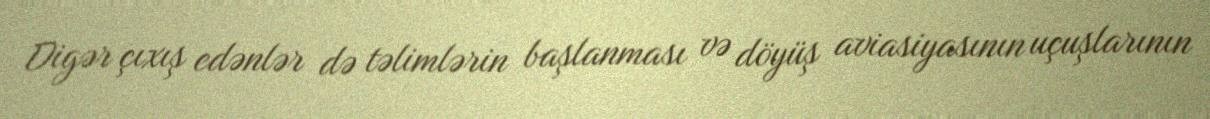
Digər çıxış edənlər də təlimlərin başlanması və döyüş aviasiyasının uçuşlarının